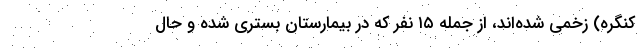
کنگره) زخمی شده‌اند، از جمله ۱۵ نفر که در بیمارستان بستری شده و حال